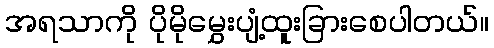
အရသာကို ပိုမိုမွှေးပျံ့ထူးခြားစေပါတယ်။